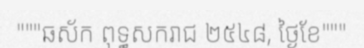
"""ឆស័ក ពុទ្ធសករាជ ២៥៤៨, ថ្ងៃខែ"""